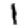
Digit: 1